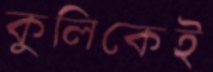
কুলিকেই